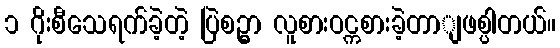
၁ ဂိုးစီသေရက်ခဲ့တဲ့ ပြဲစဉ္မွာ လူစားဝင္ကစားခဲ့တာျဖစ္ပါတယ်။